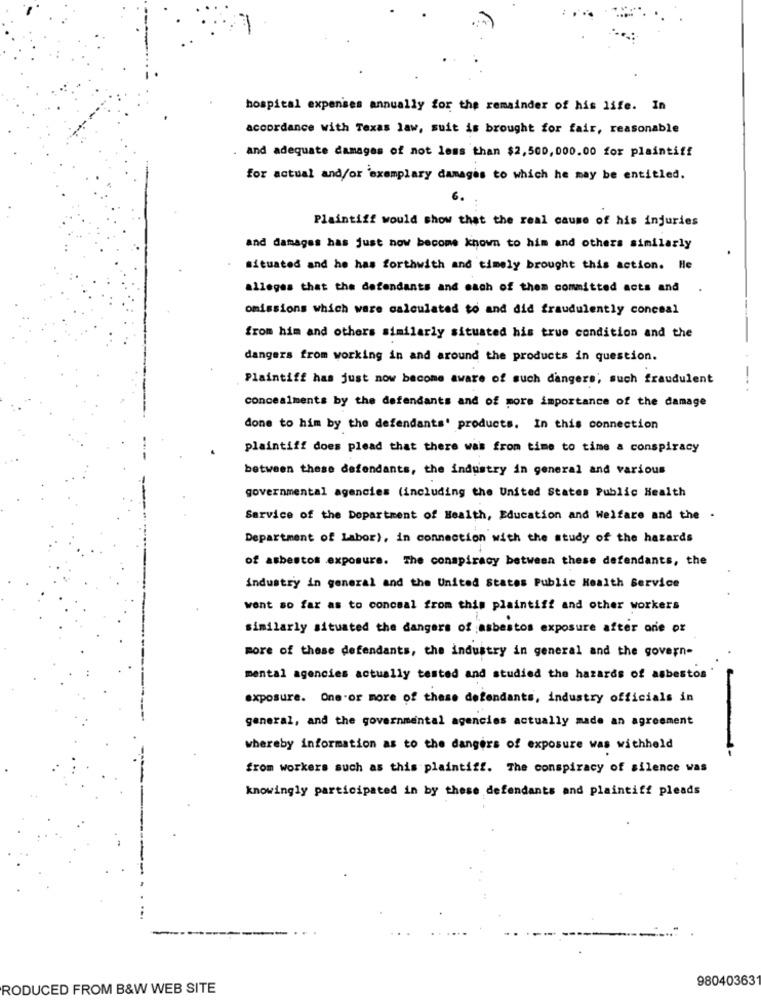
hospital expenses annually for the remainder of his life. In
accordance with Texas law, suit is brought for fair, reasonable
and adequate damages of not less than $2,500,000.00 for plaintiff
for actual and/or 'exemplary damages to which he may be entitled.
Plaintiff would show that the real cause of his injuries
and damages has just now become known to him and others similarly
situated and he has forthwith and timely brought this action. He
alleges that the defendants and each of them committed acts and
omissions which ware calculated to and did fraudulently conceal
from him and others similarly situated his true condition and the
dangers from working in and around the products in question.
Plaintiff has just now become aware of such dangers; such fraudulent
-
concealments by the defendants and of more importance of the damage
done to him by the defendants' products. In this connection
plaintiff does plead that there was from time to time a conspiracy
between these defendants, the industry in general and various
governmental agencies (including the United States Public Health
Service of the Department of Health, Education and Welfare and the .
Department of Labor), in connection with the study of the hazards
of asbestos exposure. The conspiracy between these defendants, the
industry in general and the United States Public Health Service
went so far as to conceal from this plaintiff and other workers
similarly situated the dangers of asbestos exposure after one or
more of these defendants, the industry in general and the govern-
mental agencies actually tested and studied the hazards of asbestos
exposure. One or more of these defendants, industry officials in
general, and the governmental agencies actually made an agreement
whereby information as to the dangers of exposure was withheld
from workers such as this plaintiff. The conspiracy of silence was
knowingly participated in by these defendants and plaintiff pleads
98040363
RODUCED FROM B&W WEB SITE